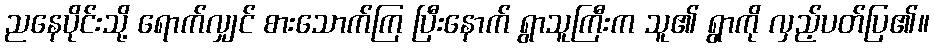
ညနေပိုင်းသို့ ရောက်လျှင် စားသောက်ကြ ပြီးနောက် ရွာသူကြီးက သူ၏ ရွာကို လှည့်ပတ်ပြ၏။